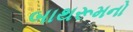
બાથરૂમનો